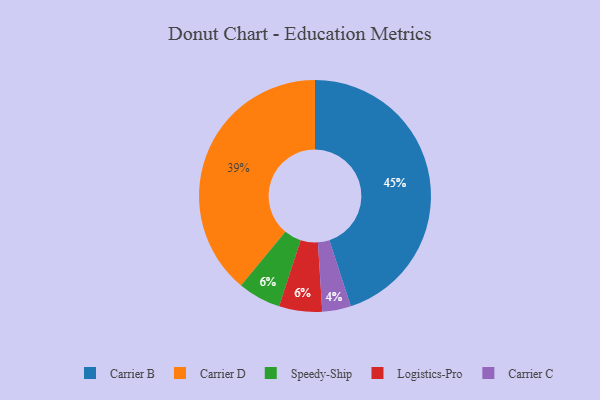
{"axis": {"x": "Category", "y": "Percentage"}, "legend": ["Carrier B", "Carrier C", "Carrier D", "Logistics-Pro", "Speedy-Ship"], "data": [{"x": "Carrier C", "y": 4, "type": "Carrier C"}, {"x": "Carrier B", "y": 45, "type": "Carrier B"}, {"x": "Speedy-Ship", "y": 6, "type": "Speedy-Ship"}, {"x": "Logistics-Pro", "y": 6, "type": "Logistics-Pro"}, {"x": "Carrier D", "y": 39, "type": "Carrier D"}]}